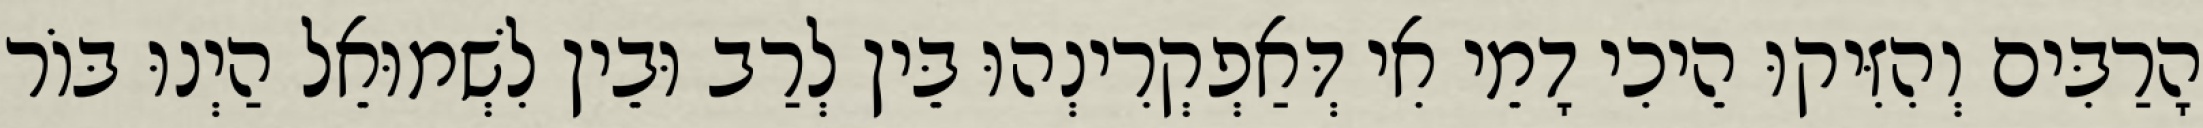
הָרַבִּים וְהִזִּיקוּ הֵיכִי דָמֵי אִי דְּאַפְקְרִינְהוּ בֵּין לְרַב וּבֵין לִשְׁמוּאֵל הַיְנוּ בּוֹר